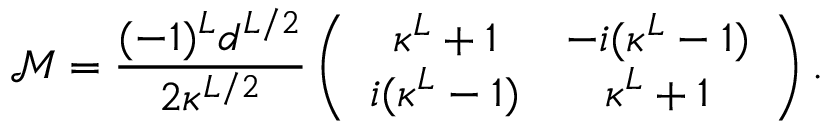
\mathcal { M } = \frac { ( - 1 ) ^ { L } d ^ { L / 2 } } { 2 \kappa ^ { L / 2 } } \left( \begin{array} { c c } { \kappa ^ { L } + 1 } & { - i ( \kappa ^ { L } - 1 ) } \\ { i ( \kappa ^ { L } - 1 ) } & { \kappa ^ { L } + 1 } \end{array} \right) .